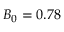
B _ { 0 } = 0 . 7 8